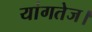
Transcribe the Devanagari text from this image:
यांगतेज।